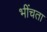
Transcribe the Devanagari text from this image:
भींचता